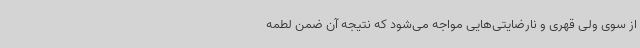
از سوی ولی قهری و نارضایتی‌هایی مواجه می‌شود که نتیجه آن ضمن لطمه